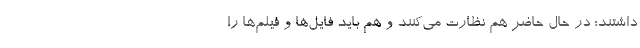
داشتند؛ در حال حاضر هم نظارت می‌کنند و هم باید فایل‌ها و فیلم‌ها را